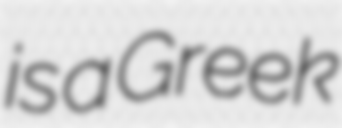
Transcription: is a Greek